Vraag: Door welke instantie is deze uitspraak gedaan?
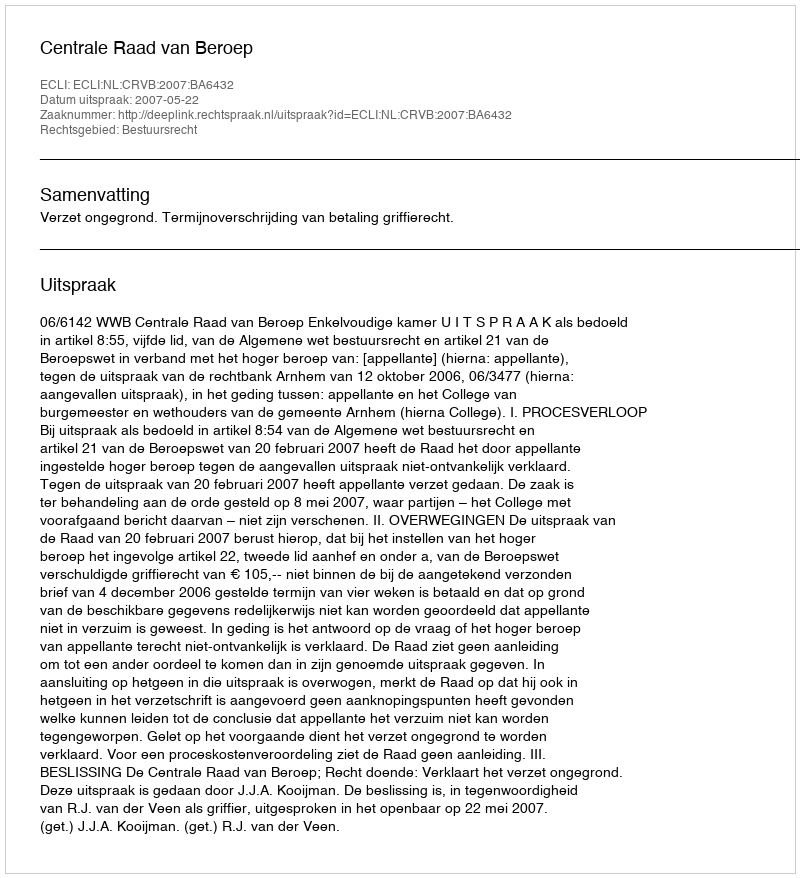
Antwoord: Centrale Raad van Beroep